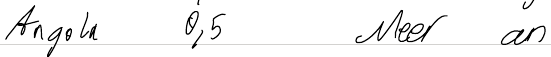
Angola 0,5  Meer an